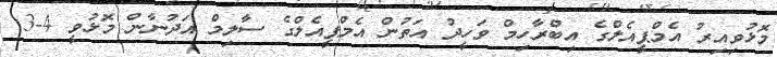
މޮޅުވިއިރު އެމްޕީއެލްގެ އިބްރާހިމް ވަހީދު އަތުން އެމްޕީއެލްގެ ސާލިމް އަދުނާން މޮޅުވީ 4-3